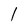
Character: 1